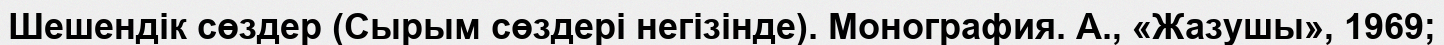
Шешендік сөздер (Сырым сөздері негізінде). Монография. А., «Жазушы», 1969;